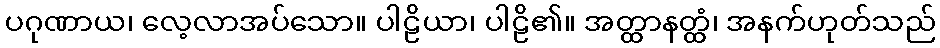
ပဂုဏာယ၊ လေ့လာအပ်သော။ ပါဠိယာ၊ ပါဠိ၏။ အတ္ထာနတ္ထံ၊ အနက်ဟုတ်သည်